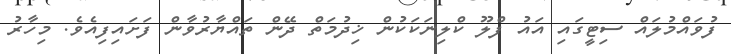
ފުވައްމުލައް ސިޓީގައި އައު ފްލޫ ކްލިނަކަކުން ޚިދުމަތް ދޭން ތައްޔާރުވާން ފަށައިފިއެވެ. މިހާރު